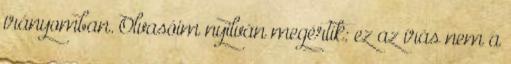
irányomban. Olvasóim nyilván megértik: ez az í­rás nem a